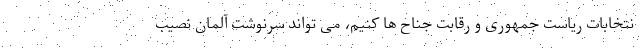
نتخابات ریاست جمهوری و رقابت جناح ها کنیم، می تواند سرنوشت آلمان نصیب